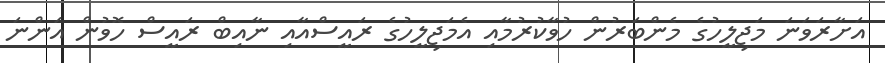
އަށާރަވަނަ މަޖިލީހުގެ މެންބަރުން ހުވާކުރުމާއި އެމަޖިލީހުގެ ރައީސްއާއި ނާއިބް ރައީސް ހޮވުން އަންނަ